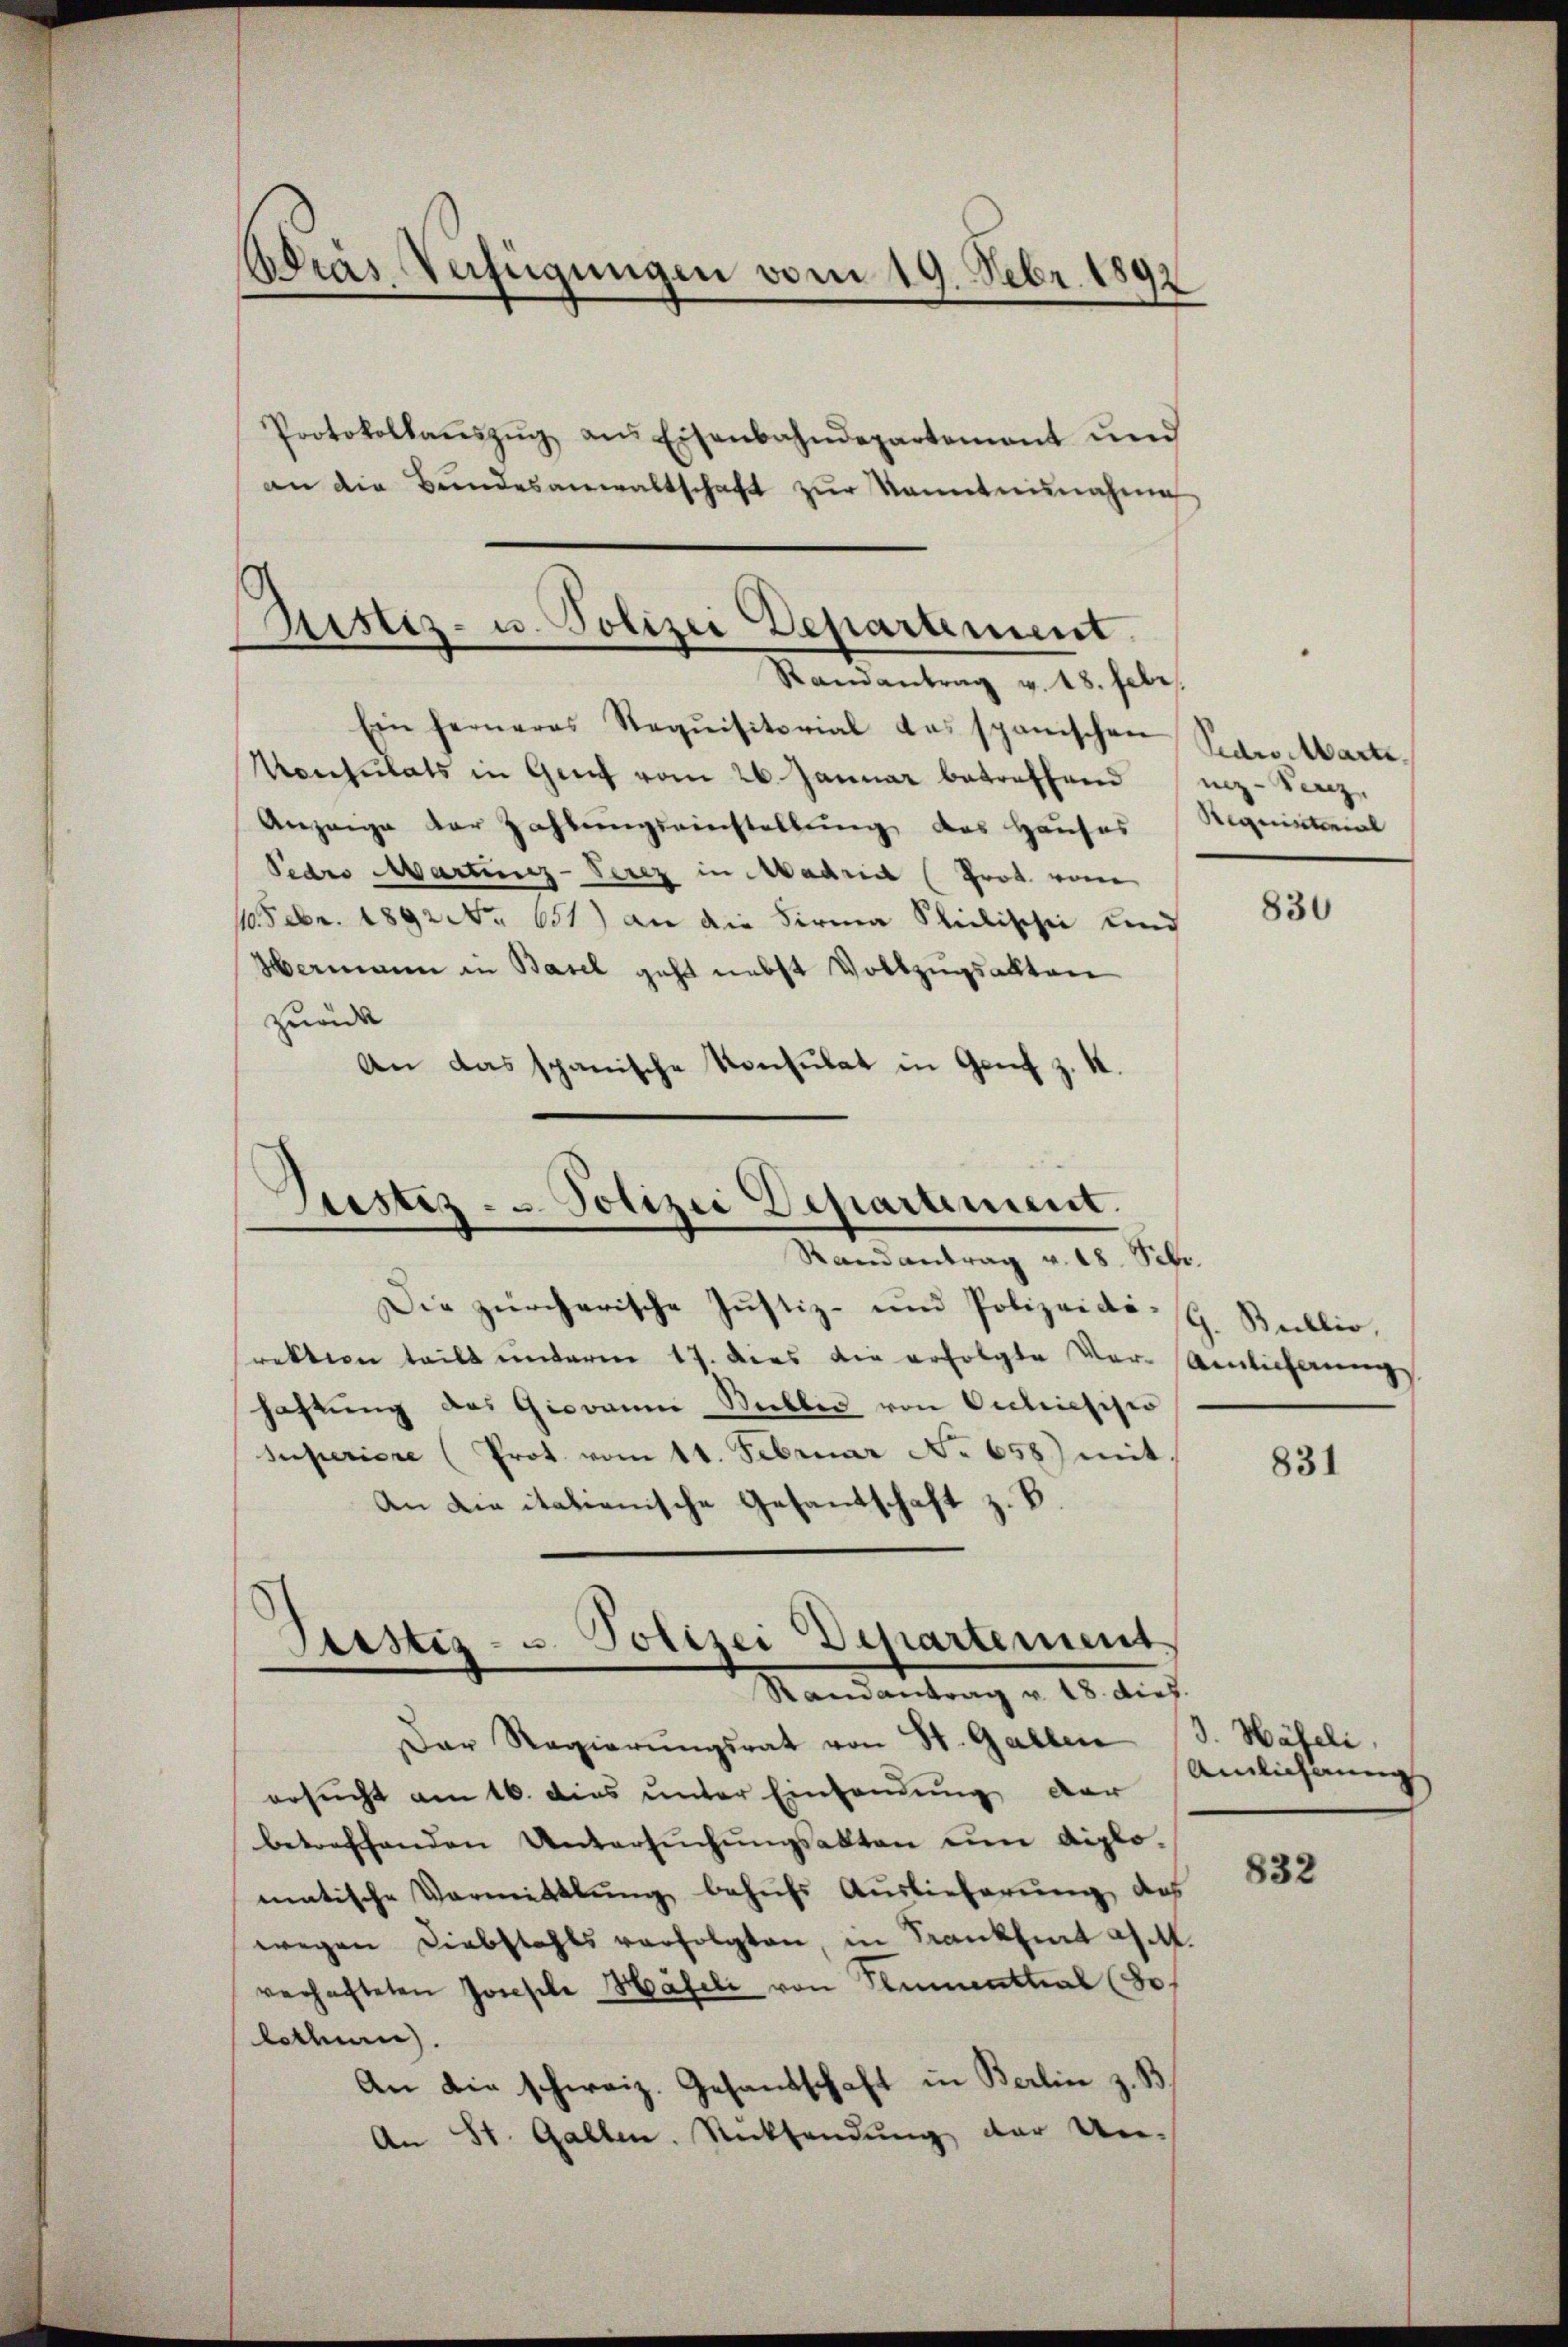
Adras Verfügungen vom 19. Febr. 181
12
Protokollaŭszŭg ans Eisenbahndepartement und
an die Bŭndesanwaltschaft zŭr Kenntninnahme

Ristiz- u. Polizei Departement
Randantrag v. 18. Febr.

Zustiz- & Polizei Departement.
Randantrag v. 18. Febr.
Die zürcherische Justiz- und Polizeidi- G. Bullio,

Randantrag v. 18. dies

Der Regierŭngsrat von St. Gallen
ersucht am 16. dies unter Einsendung der
betreffenden Untersŭchŭngsakten um diplomatische Vormittlung behufs Auslieferung des
wegen Liebstahls verfolgten, in Krankheit a M.
verhafteten Josefele Häfeli von Stimenthal (Se
lothurn).
An die schweiz. Gesandschaft in Berlin z. B.
An St. Gallen. Rücksendung der Un¬

Ein ferneres Requisitorial das spanischen Paro Marte.
Vonsulats in Genf vom 26. Januar betreffend z. Herz
Anzeige der Zahlungseinstellung des Hauses Requistorial
Pedro Marting-Serez in Madrial (Prot. vom
1.Febr. 1892 No 651) an die Firma Stichischei und
Hermann in Basel geht nebst Vollzugsalten
zurück
An das spanische Konsulat in Genf z. K.

rektion teilt unterm 17. dies die erfolgte Ver-Aelicherung
haftung des Giovanne Stellen von Oectriesisio
Superiere (Prot. vom 11. Februar No 658) mit
An die italienische Gesandschaft z. B.
Sistiz- u. Polizei Departement.

830

831

3. Häfeli
Ainlicherung

832